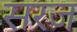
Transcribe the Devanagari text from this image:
सरज